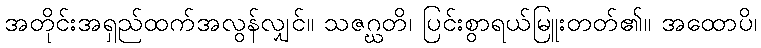
အတိုင်းအရှည်ထက်အလွန်လျှင်။ သဇဂ္ဃတိ၊ ပြင်းစွာရယ်မြူးတတ်၏။ အထောပိ၊